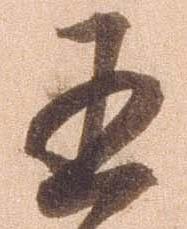
五